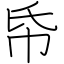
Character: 帋